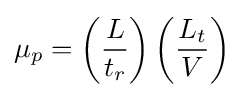
\mu _{p}=\left({\frac {L}{t_{r}}}\right)\left({\frac {L_{t}}{V}}\right)